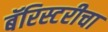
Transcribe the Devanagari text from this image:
बॅरिस्टरीचा